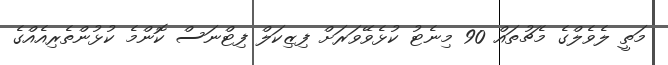
މަތީ ލެވެލްގެ މެޗުތައް 90 މިނެޓު ކުޅެވޭވަރަށް ފިޒިކަލް ފިޓްނަސް ކޮންމެ ކުޅުންތެރިއެއްގެ